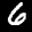
Label: 6